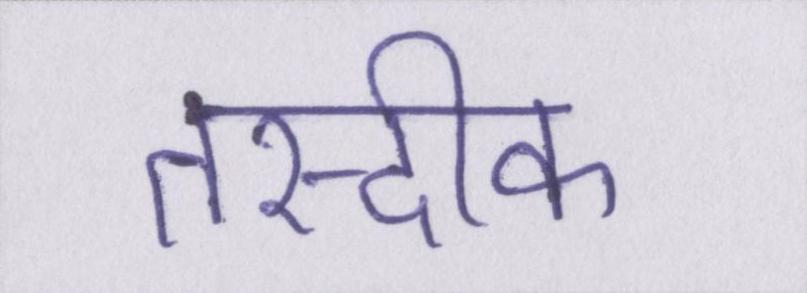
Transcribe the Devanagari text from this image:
तस्दीक